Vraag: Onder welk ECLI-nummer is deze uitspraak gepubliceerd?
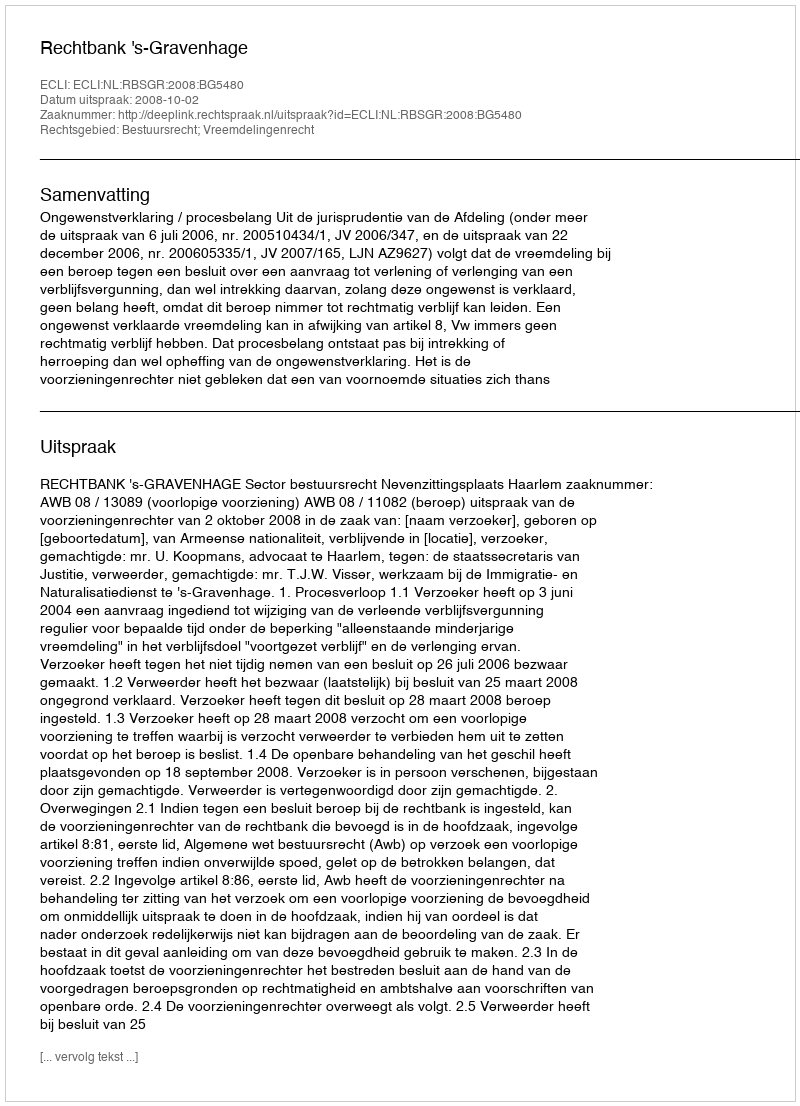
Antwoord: ECLI:NL:RBSGR:2008:BG5480